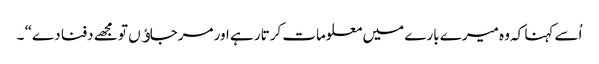
اُسے کہنا کہ وہ میرے بارے میں معلومات کرتار ہے اور مرجاﺅں تو مجھے دفنا دے“ ۔